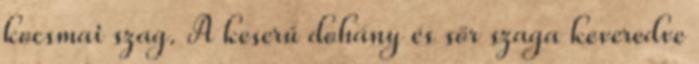
kocsmai szag. A keserű dohány és sör szaga keveredve